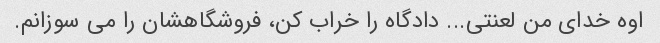
اوه خدای من لعنتی... دادگاه را خراب کن، فروشگاهشان را می سوزانم.